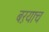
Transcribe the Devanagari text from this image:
बऱयाच